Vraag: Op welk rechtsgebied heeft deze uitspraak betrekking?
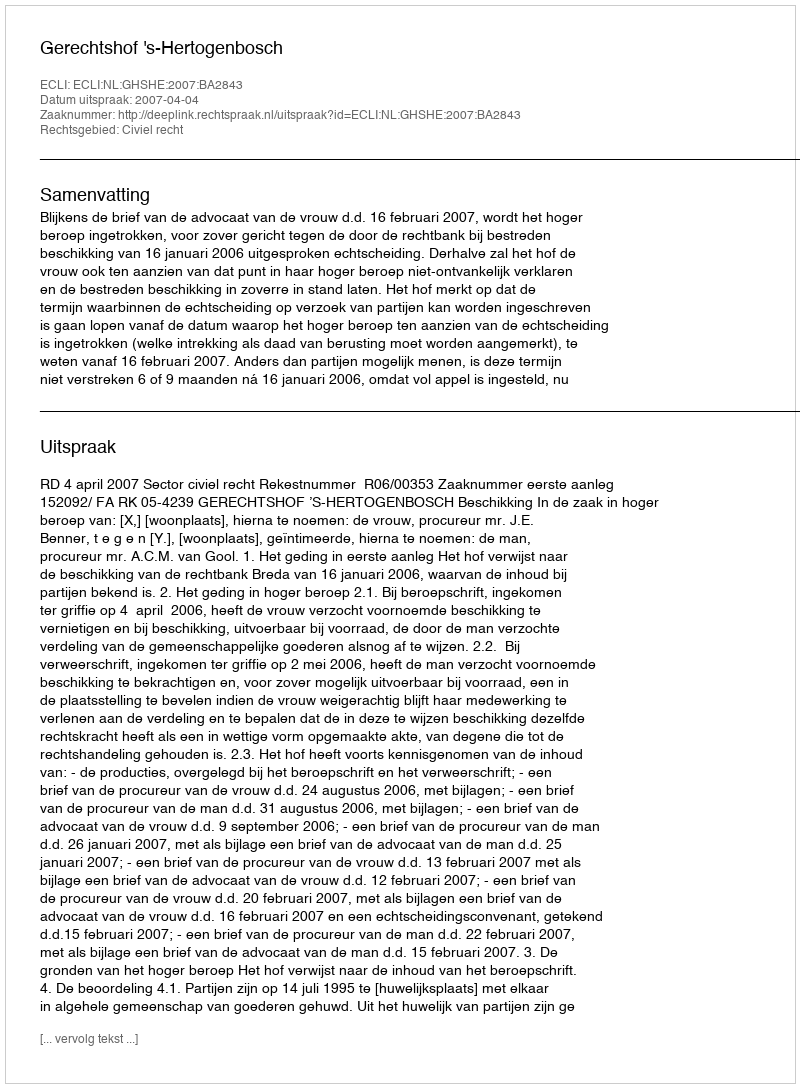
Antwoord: Civiel recht